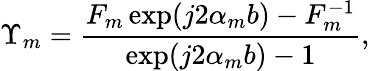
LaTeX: \Upsilon_{m}=\frac{F_{m}\exp(j2\alpha_{m}b)-F_{m}^{-1}}{\exp(j2\alpha_{m}b)-1},